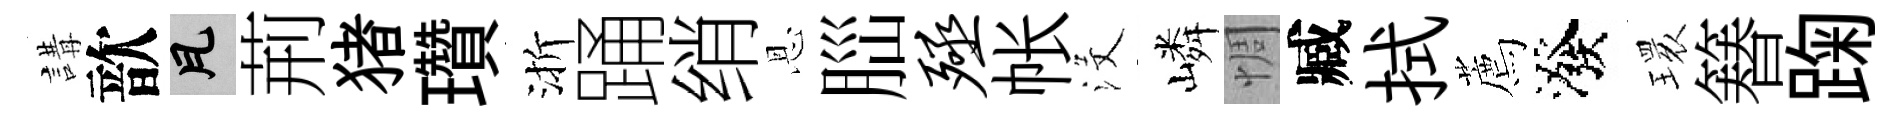
講歆瓦荊猪瓚渐踊绡恩𦛁殛帐沒嶙惆臧拭薦潑𤨔簮踘